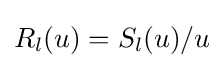
R_{l}(u)=S_{l}(u)/u